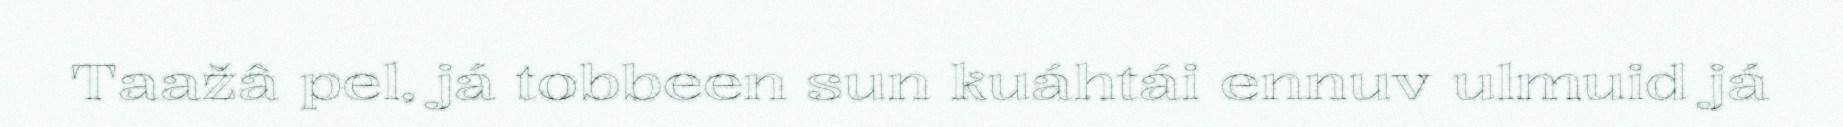
Taažâ pel, já tobbeen sun kuáhtái ennuv ulmuid já